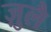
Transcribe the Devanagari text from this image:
ज़ुलै